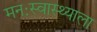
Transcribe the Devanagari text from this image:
मनःस्वास्थ्याला